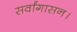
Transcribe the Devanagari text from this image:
सर्वांगासन।